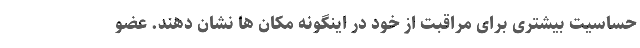
حساسیت بیشتری برای مراقبت از خود در اینگونه مکان ها نشان دهند. عضو